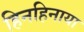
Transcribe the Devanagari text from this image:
हिनहिनाया